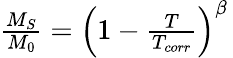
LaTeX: \begin{array}{r}{\frac{M_{S}}{M_{0}}=\left(1-\frac{T}{T_{corr}}\right)^{\beta}\, }\end{array}